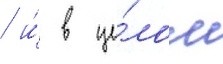
/ и́ в це́лом